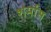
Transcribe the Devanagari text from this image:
शर्मास